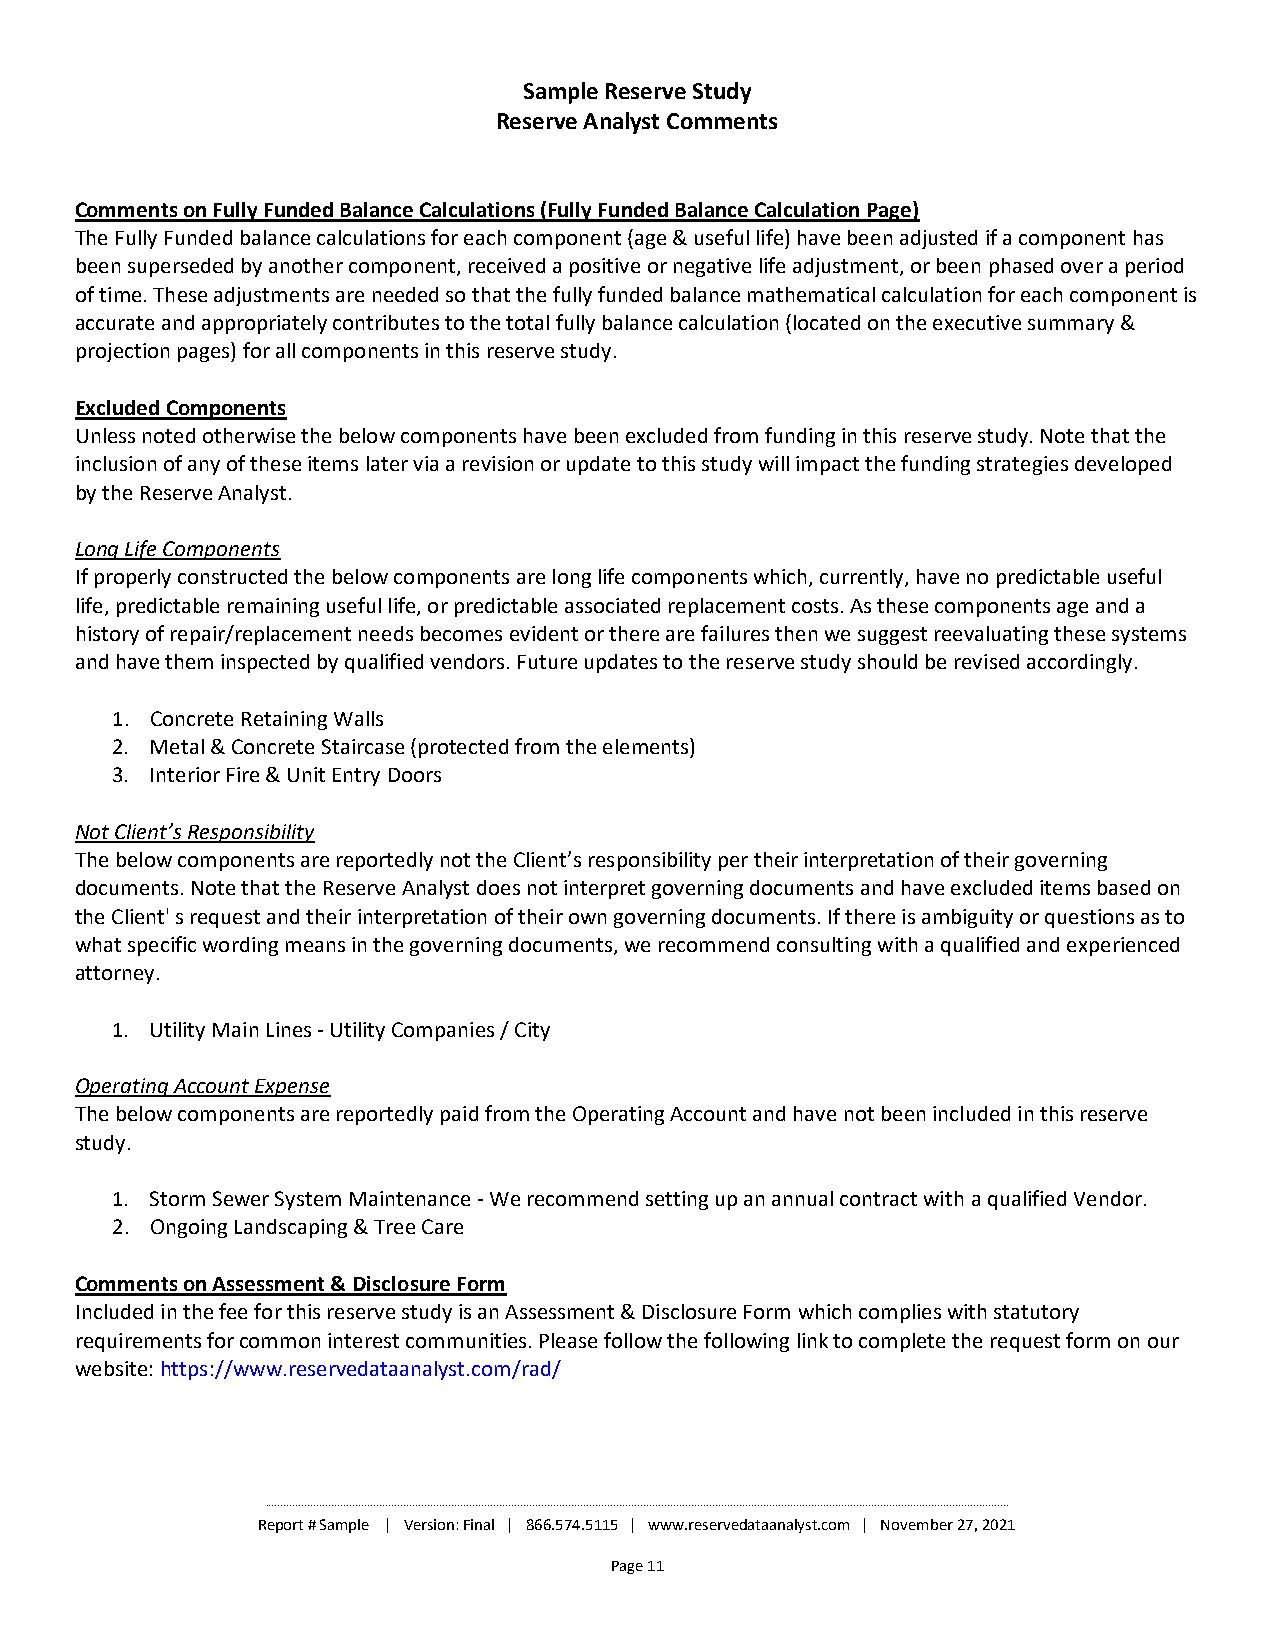
Sample Reserve Study
 Reserve Analyst Comments
 Comments on Fully Funded Balance Calculations (Fully Funded Balance Calculation Page)
 The Fully Funded balance calculations for each component (age & useful life) have been adjusted if a component has
 been superseded by another component, received a positive or negative life adjustment, or been phased over a period
 of time. These adjustments are needed so that the fully funded balance mathematical calculation for each component is
 accurate and appropriately contributes to the total fully balance calculation (located on the executive summary &
 projection pages) for all components in this reserve study.
 Excluded Components
 Unless noted otherwise the below components have been excluded from funding in this reserve study. Note that the
 inclusion of any of these items later via a revision or update to this study will impact the funding strategies developed
 by the Reserve Analyst.
 Long Life Components
 If properly constructed the below components are long life components which, currently, have no predictable useful
 life, predictable remaining useful life, or predictable associated replacement costs. As these components age and a
 history of repair/replacement needs becomes evident or there are failures then we suggest reevaluating these systems
 and have them inspected by qualified vendors. Future updates to the reserve study should be revised accordingly.
 1. Concrete Retaining Walls
 2. Metal & Concrete Staircase (protected from the elements)
 3. Interior Fire & Unit Entry Doors
 Not Client’s Responsibility
 The below components are reportedly not the Client’s responsibility per their interpretation of their governing
 documents. Note that the Reserve Analyst does not interpret governing documents and have excluded items based on
 the Client' s request and their interpretation of their own governing documents. If there is ambiguity or questions as to
 what specific wording means in the governing documents, we recommend consulting with a qualified and experienced
 attorney.
 1. Utility Main Lines -Utility Companies / City
 Operating Account Expense
 The below components are reportedly paid from the Operating Account and have not been included in this reserve
 study.
 1. Storm Sewer System Maintenance -We recommend setting up an annual contract with a qualified Vendor.
 2. Ongoing Landscaping & Tree Care
 Comments on Assessment & Disclosure Form
 Included in the fee for this reserve study is an Assessment & Disclosure Form which complies with statutory
 requirements for common interest communities. Please follow the following link to complete the request form on our
 website: https://www.reservedataanalyst.com/rad/
 ________________________________________________________________________________________________________________________________________________________________________________________________________________________________________________________
 Report # Sample | Version: Final | 866.574.5115 | www.reservedataanalyst.com | November 27, 2021
 Page 11